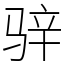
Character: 骍